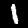
Digit: 1